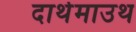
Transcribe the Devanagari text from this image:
दार्थमाउथ